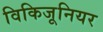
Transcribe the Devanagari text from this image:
विकिजूनियर